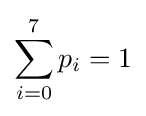
\sum _{i=0}^{7}p_{i}=1